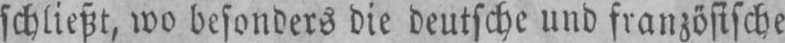
schließt, wo besonders die deutsche und französische